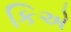
કિએ